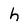
Character: h